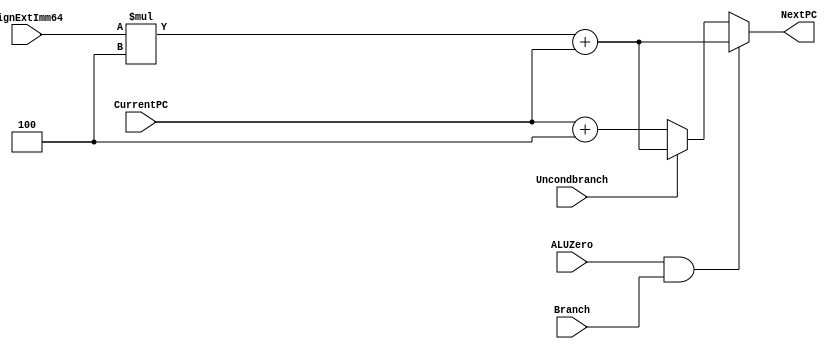
`timescale 1ns / 1ps


module NextPClogic( NextPC,CurrentPC, SignExtImm64, Branch, ALUZero, Uncondbranch); 
       input [63:0] CurrentPC, SignExtImm64; 
       input Branch, ALUZero, Uncondbranch; 
       output reg [63:0] NextPC; 
       /* write your code here */ 
       wire test;
       wire [63:0] Twoshift;
       assign test = ALUZero & Branch; 
       assign Twoshift = SignExtImm64 *4;
	   
	   always @(CurrentPC or SignExtImm64 or  Branch or ALUZero or Uncondbranch)begin
			
			if(test) begin //and gate expression
				                       //turns on mux and updates PC with this logic no matter what
				        NextPC <= #3 Twoshift + CurrentPC;
			end 
			else if(Uncondbranch)begin //if ALUZero  and Branch output 0 then it is up to uncodBranch 
							//to update pc with this logic
								//expresses the OR gate
				        NextPC <= #3 Twoshift + CurrentPC;
				end
			else begin //if all values fail to turn on mux
						//then MUX is off and updates pc with this logic below
				        NextPC <= #2 CurrentPC + 4; //adds by 4
			end
	end //for always
endmodule